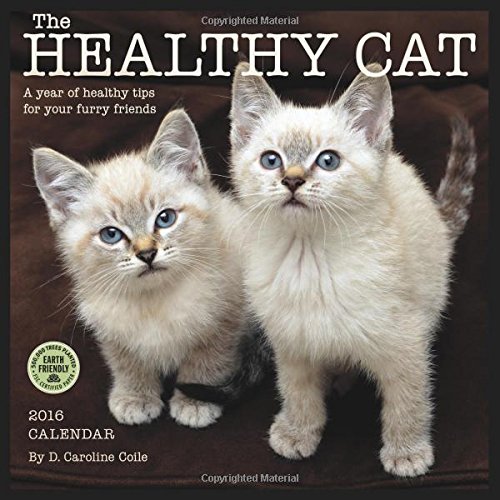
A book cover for The Healthy Cat 2016 Wall Calendar; Dr. Caroline Coile; Calendars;